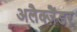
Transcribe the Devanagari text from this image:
अलैक्‍ज़ैंडर